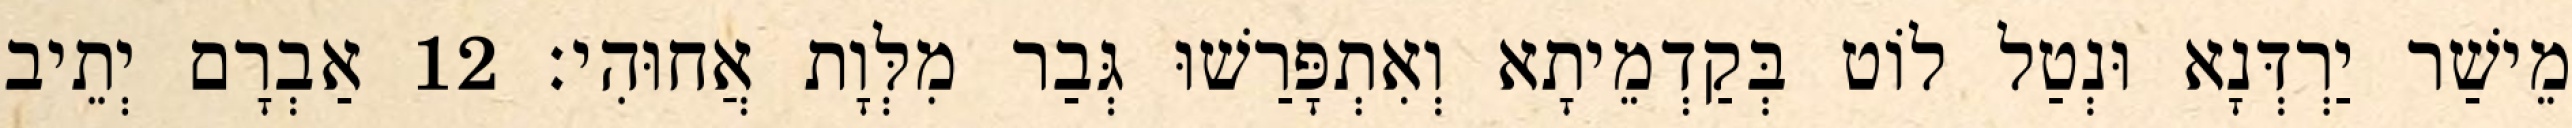
מֵישַׁר יַרְדְּנָא וּנְטַל לוֹט בְּקַדְמֵיתָא וְאִתְפָּרַשׁוּ גְּבַר מִלְּוָת אֲחוּהִי׃ 12 אַבְרָם יְתֵיב